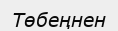
Төбеңнен